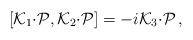
\begin{align*}[{\cal K}_{1}{\cdot{\cal P}},{\cal K}_{2}{\cdot{\cal P}}]=-i{\cal K}_{3}{\cdot{\cal P}}\,,\end{align*}